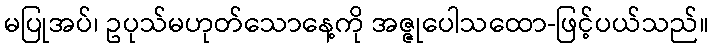
မပြုအပ်၊ ဥပုသ်မဟုတ်သောနေ့ကို အဇ္ဇုပေါသထော-ဖြင့်ပယ်သည်။